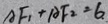
A F _ { 1 } + A F _ { 2 } = 6 .